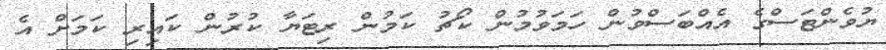
ޔުވެންޓަސްގެ އެއްބަސްވުން ހަމަވުމުން ކޯޗު ކަމުން ރިޓަޔާ ކުރުން ކައިރި ކަމަށް އެ